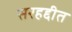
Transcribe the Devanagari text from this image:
सरहद्दीत